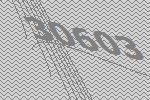
30603